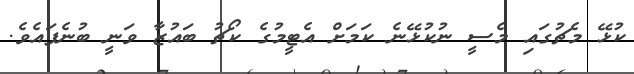
ކުޅޭ މެޗުގައި މެސީ ނުކުޅޭނެ ކަމަށް އެޓީމުގެ ކޯޗު ބައުޒާ ވަނީ ބުނެފައެވެ.